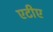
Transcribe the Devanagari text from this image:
एटीए